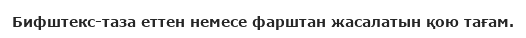
Бифштекс-таза еттен немесе фарштан жасалатын қою тағам.